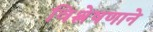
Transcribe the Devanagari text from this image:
विश्लेषणाने